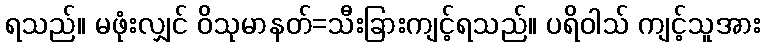
ရသည်။ မဖုံးလျှင် ဝိသုမာနတ်=သီးခြားကျင့်ရသည်။ ပရိဝါသ် ကျင့်သူအား